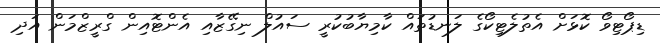
ޑިޕޯޓިވޯ ކޮޅަށް އެތުލެޓިކޯގެ ލަނޑުތައް ކާމިޔާބުކުރީ ސައުލް ނިގޭޒާއި އެންޓޮއިން ގްރީޒްމަން އަދި